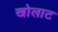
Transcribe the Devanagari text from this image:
खोलाट